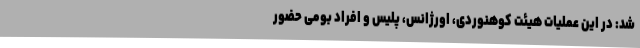
شد: در این عملیات هیئت کوهنوردی، اورژانس، پلیس و افراد بومی حضور